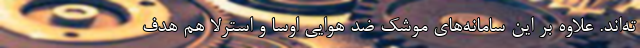
ته‌اند. علاوه بر این سامانه‌های موشک‌ ضد هوایی اوسا و استرلا هم هدف